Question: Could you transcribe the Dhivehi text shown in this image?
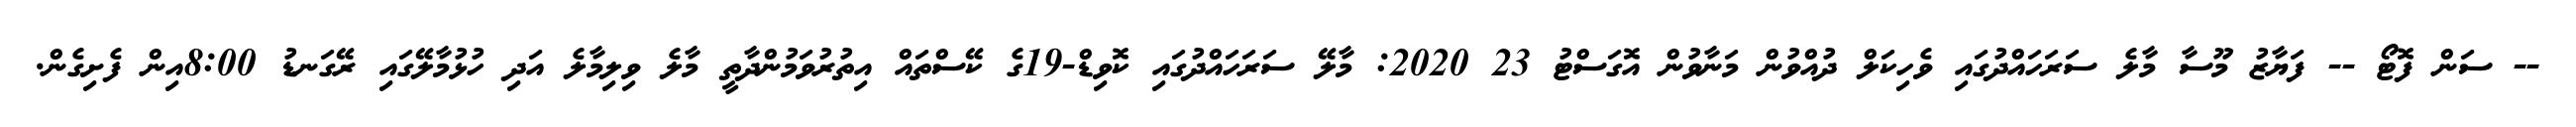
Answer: -- ސަން ފޮޓޯ -- ފަޔާޒު މޫސާ މާލެ ސަރަހައްދުގައި ވެހިކަލް ދުއްވުން މަނާވުން އޮގަސްޓު 23 2020: މާލޭ ސަރަހައްދުގައި ކޮވިޑް-19ގެ ކޭސްތައް އިތުރުވަމުންދާތީ މާލެ ވިލިމާލެ އަދި ހުޅުމާލޭގައި ރޭގަނޑު 8:00އިން ފެށިގެން.